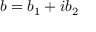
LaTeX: b = b _ { 1 } + i b _ { 2 }